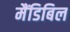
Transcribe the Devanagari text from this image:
मैंडिबिल